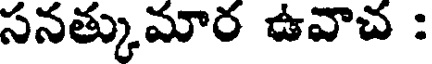
సనత్కుమార ఉవాచ :